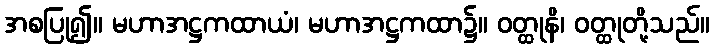
အစပြု၍။ မဟာအဋ္ဌကထာယံ၊ မဟာအဋ္ဌကထာ၌။ ဝတ္ထုနိ၊ ဝတ္ထုတို့သည်။